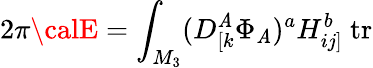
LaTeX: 2\pi{\calE}=\int_{M_{3}}(D_{[k}^{\mathit{A}}\Phi_{\mathit{A}})^{a}H_{ij]}^{b}\ \mathrm{{tr}}